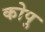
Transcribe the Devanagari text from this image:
कोपु